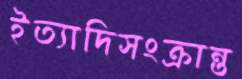
ইত্যাদিসংক্রান্ত